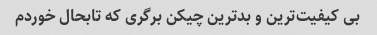
بی کیفیت‌ترین و بدترین چیکن برگری که تابحال خوردم